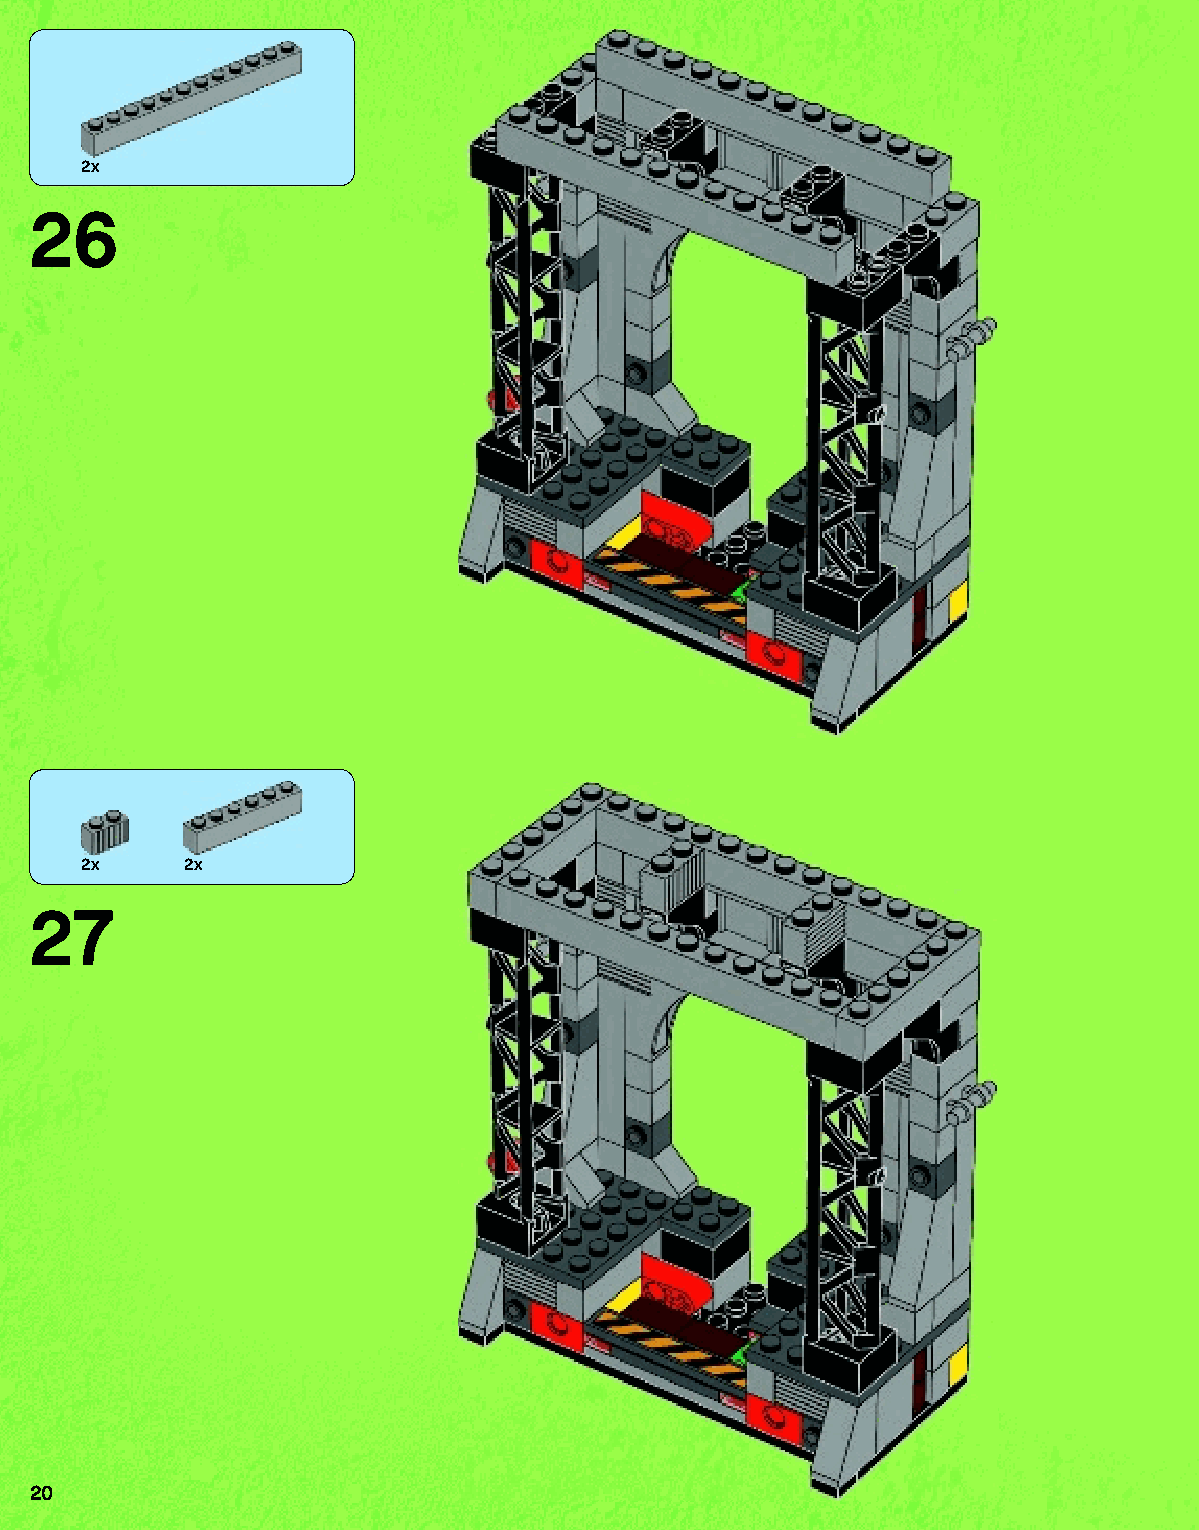
2x
 26
 2x    2x
 27
 20
 79117_Book1.indd 20                                               01/11/2013 4:32 PM